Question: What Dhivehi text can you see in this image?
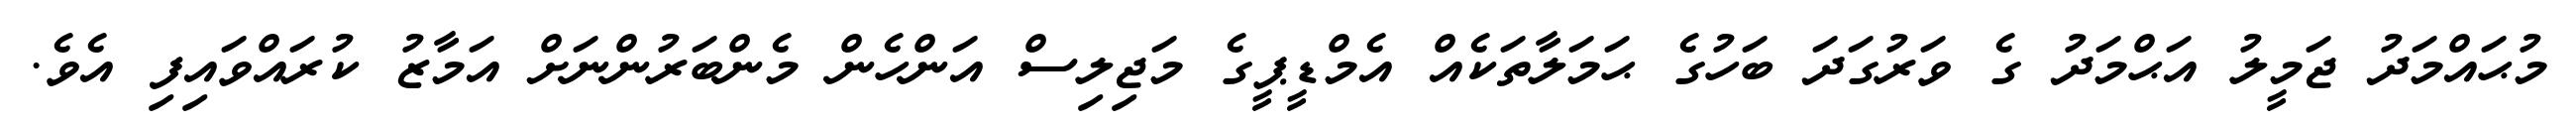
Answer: މުޙައްމަދު ޖަމީލު އަޙްމަދު ގެ ވަރުގަދަ ބަހުގެ ޙަމަލާތަކެއް އެމްޑީޕީގެ މަޖިލިސް އަންހެން މެންބަރުންނަށް އަމާޒު ކުރައްވައިފި އެވެ.